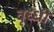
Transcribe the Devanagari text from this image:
वृध्धी